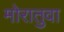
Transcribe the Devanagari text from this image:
मोरातुवा